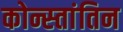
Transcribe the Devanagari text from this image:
कोन्स्तांतिन